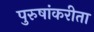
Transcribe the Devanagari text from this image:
पुरुषांकरीता